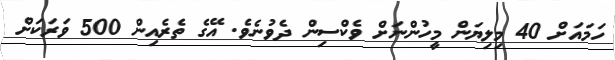
ހަމައަށް 40 މިލިޔަން މީހުންނަށް ވެކްސިން ދެވުނެވެ. އޭގެ ތެރެއިން 500 ވަރަކަށް